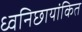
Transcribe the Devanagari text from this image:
ध्वनिछायांकित